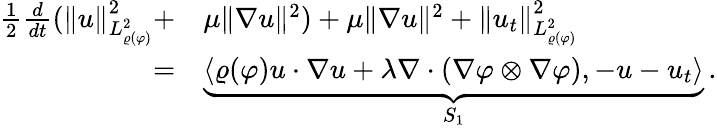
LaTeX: \begin{array}{rl}{\frac{1}{2}\frac{d}{dt}(\| u\| _{L_{\varrho(\varphi)}^{2}}^{2}+}&{\mu\| \nabla u\| ^{2})+\mu\| \nabla u\| ^{2}+\| u_{t}\| _{L_{\varrho(\varphi)}^{2}}^{2}}\\ {=}&{\underbrace{\langle\varrho(\varphi)u\cdot\nabla u+\lambda\nabla\cdot(\nabla\varphi\otimes\nabla\varphi),-u-u_{t}\rangle}_{S_{1}}\, .}\end{array}